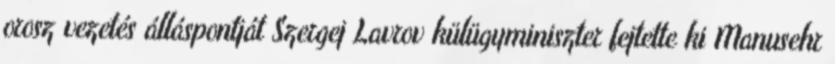
orosz vezetés álláspontját Szergej Lavrov külügyminiszter fejtette ki Manusehr